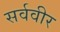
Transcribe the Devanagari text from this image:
सर्ववीर